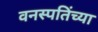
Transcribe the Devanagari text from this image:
वनस्पतिंच्या